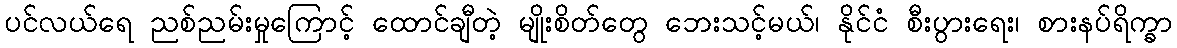
ပင်လယ်ရေ ညစ်ညမ်းမှုကြောင့် ထောင်ချီတဲ့ မျိုးစိတ်တွေ ဘေးသင့်မယ်၊ နိုင်ငံ စီးပွားရေး၊ စားနပ်ရိက္ခာ